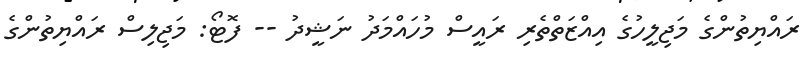
ރައްޔިތުންގެ މަޖިލީހުގެ އިއްޒަތްތެރި ރައީސް މުހައްމަދު ނަޝީދު -- ފޮޓޯ: މަޖިލިސް ރައްޔިތުންގެ